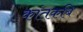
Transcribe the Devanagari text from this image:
कांतकबि